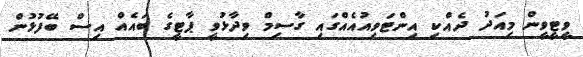
ވީޓީވީން މިއަދު ދެއްކި އިންޓަވިއުއެއްގައި ގާސިމް ވިދާޅުވީ ޕާޓީގެ ބައެއް އިސް ބޭފުޅުން